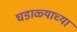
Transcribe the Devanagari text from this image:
घडाळ्याच्या